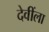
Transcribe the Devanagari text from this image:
देवींला